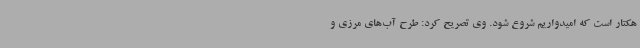
هکتار است که امیدواریم شروع شود. وی تصریح کرد: طرح آب‌های مرزی و